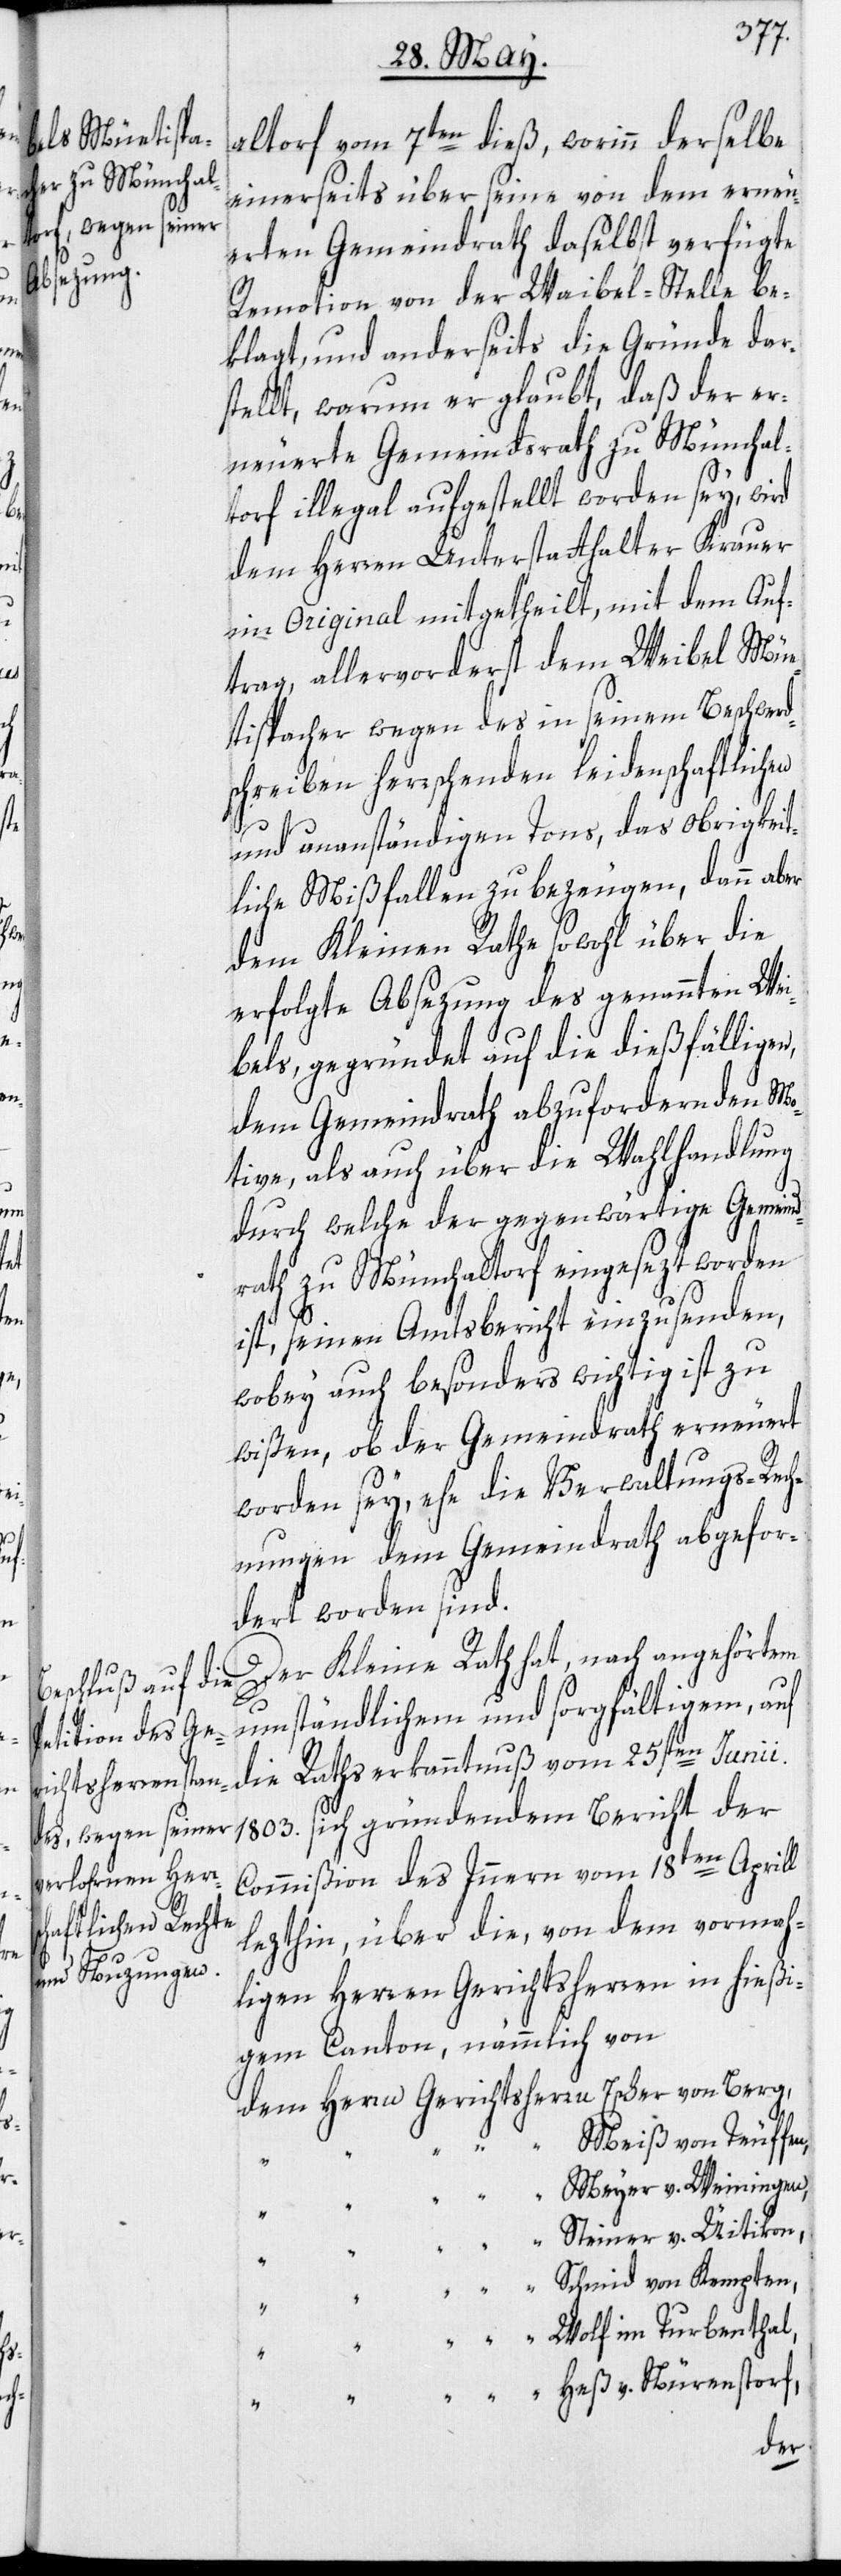
n,

“

altorf vom 7ten dieß, worinn derselbe
einerseits über seine von dem erneu¬
erten Gemeindrath daselbst verfügte
Remotion von der Waibel-Stelle be¬
klagt, und anderseits die Gründe dar¬
stellt, warum er glaubt, daß der er¬
neuerte Gemeindsrath zu Münchal¬
torf illegal aufgestellt worden sey, wird
dem Herren Unterstatthalter Krauer
im Original mitgetheilt, mit dem Auf¬
trag, allervorderst dem Weibel Müe¬
tispacher wegen des in seinem Beschwerd¬
schreiben herrschenden leidenschaftlichen
und unanständigen Tons, das obrigkeit¬
liche Mißfallen zu bezeugen, dann aber
dem Kleinen Rathe sowohl über die
erfolgte Absezung des genannten Wei¬
bels, gegründet auf die dießfälligen,
dem Gemeindrath abzufordernden Mo¬
tive, als auch über die Wahlhandlung
durch welche der gegenwärtige Gemeind¬
rath zu Münchaltorf eingesezt worden
ist, seinen Amtsbericht einzusenden,
wobey auch besonders wichtig ist zu
wißen, ob der Gemeindrath erneuert
worden sey, ehe die Verwaltungs-Rech¬
nungen dem Gemeindrath abgefor¬
dert worden sind.
Der Kleine Rath hat, nach angehörtem
umständlichem und sorgfältigem, auf
die Rathserkanntnuß vom 25sten Junii
1803. sich gründendem Bericht der
Commißion des Innern vom 18ten Aprill
lezthin, über die, von dem vormah¬
ligen Herren Gerichtsherren in hießi¬
gem Canton, nämmlich von
dem Herrn Gerichtsherrn Escher von Berg,
“ Meiß von Teuffe¬
“ “ Meyer v. Weiningen,
“ Steiner v. Uitikon,
“ “ “ Schmid von Kempten,
“ “ “ Wolf im Turbenthal,
“ “ “ Heß v. Nürenstorf,